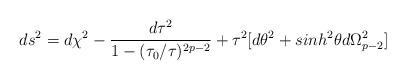
\begin{align*}ds^2= d\chi^2 -\frac{d\tau^2}{1-(\tau_0/\tau)^{2p-2} } + \tau^2[d\theta^2 + sinh^2\theta d\Omega^2_{p-2}]\end{align*}